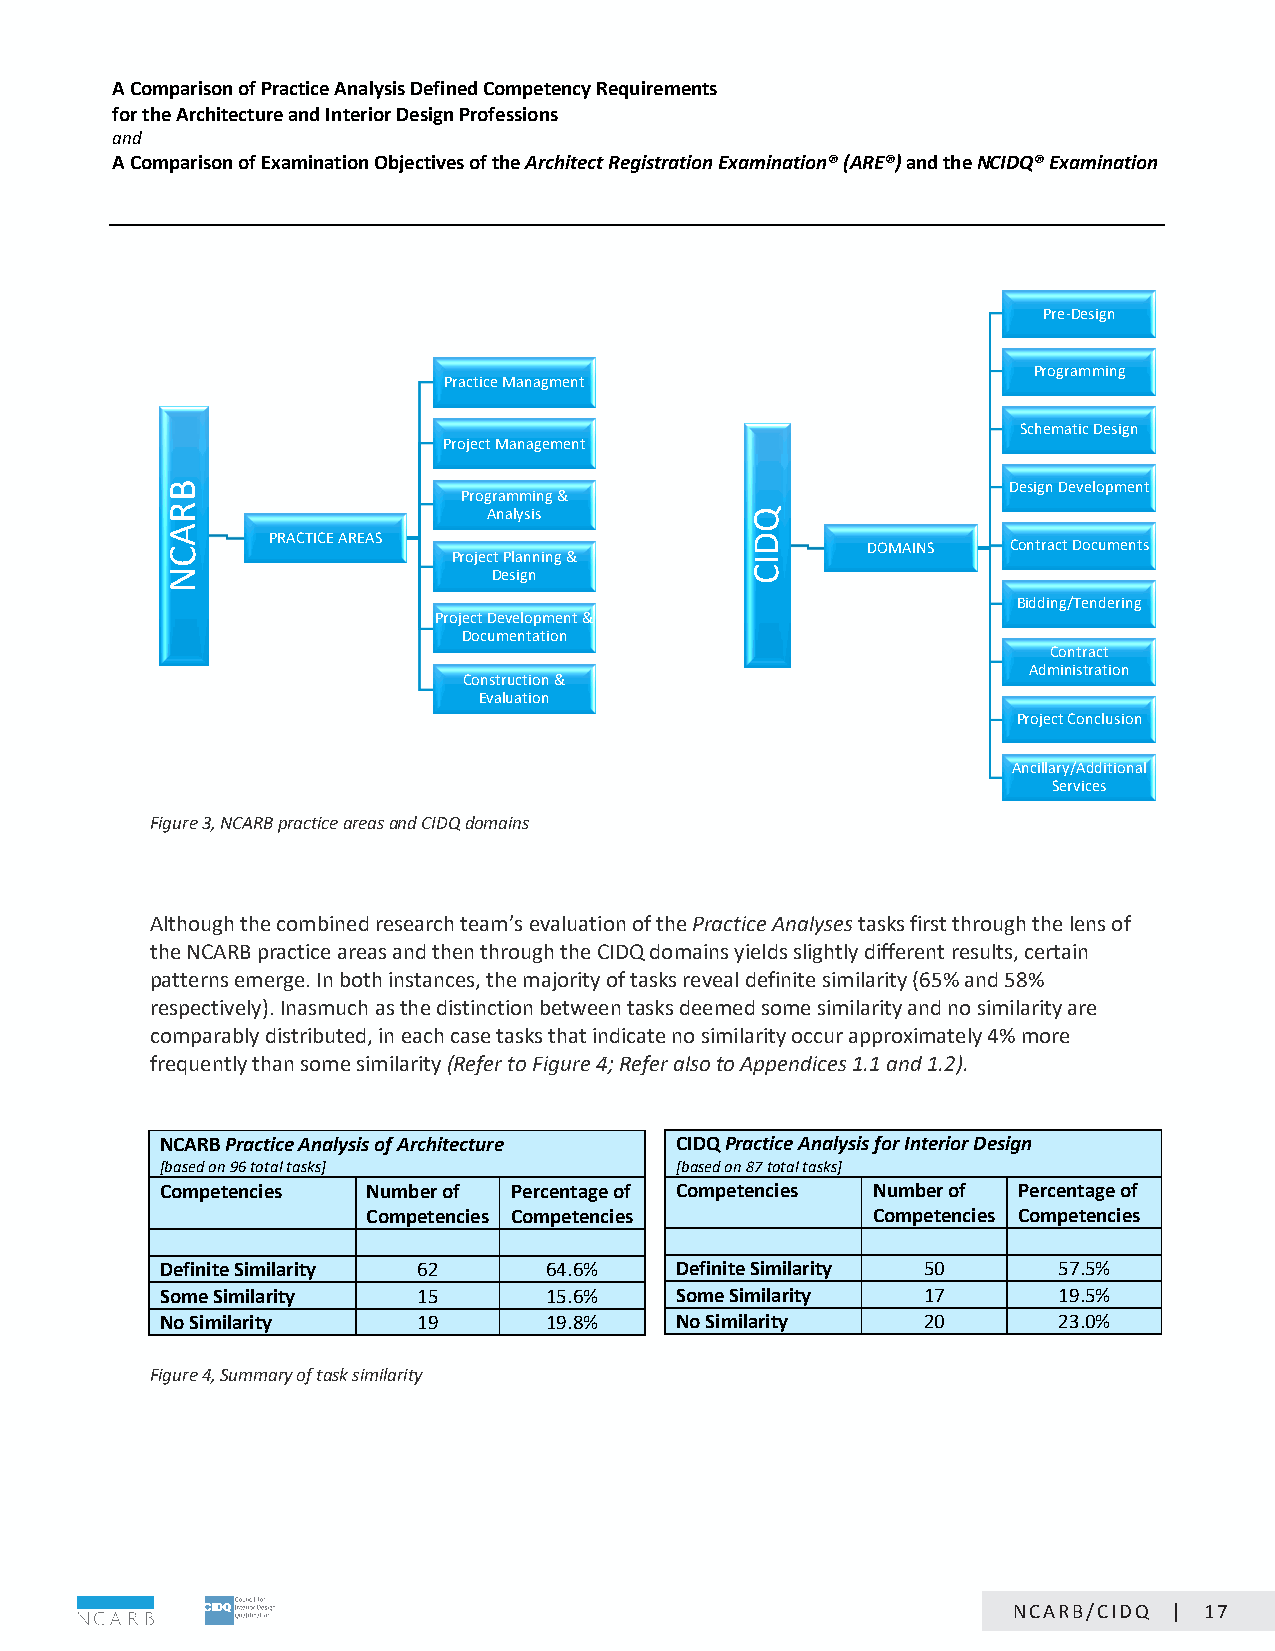
A Comparison of Practice Analysis Defined Competency Requirements
 for the Architecture and Interior Design Professions
 and
 A Comparison of Examination Objectives of the Architect Registration Examination® (ARE®) and the NCIDQ® Examination
 Pre-Design
 Programming
 Practice Managment
 Schematic Design
 Project Management
 Design Development
 Programming &
 Analysis
 PRACTICE AREAS
 DOMAINS   Contract Documents
 Project Planning &
 Design
 Bidding/Tendering
 Project Development &
 Documentation
 Contract
 Administration
 Construction &
 Evaluation
 Project Conclusion
 Ancillary/Additional
 Services
 Figure 3, NCARB practice areas and CIDQ domains
 Although the combined research team’s evaluation of the Practice Analyses tasks first through the lens of
 the NCARB practice areas and then through the CIDQ domains yields slightly different results, certain
 patterns emerge. In both instances, the majority of tasks reveal definite similarity (65% and 58%
 respectively). Inasmuch as the distinction between tasks deemed some similarity and no similarity are
 comparably distributed, in each case tasks that indicate no similarity occur approximately 4% more
 frequently than some similarity (Refer to Figure 4; Refer also to Appendices 1.1 and 1.2).
 NCARB Practice Analysis of Architecture CIDQ Practice Analysis for Interior Design
 [based on 96 total tasks]         [based on 87 total tasks]
 Competencies Number of Percentage of Competencies Number of Percentage of
 Competencies Competencies         Competencies Competencies
 Definite Similarity 62   64.6%    Definite Similarity 50   57.5%
 Some Similarity  15      15.6%    Some Similarity 17       19.5%
 No Similarity    19      19.8%    No Similarity   20       23.0%
 Figure 4, Summary of task similarity
 Page 17 of 24
 NCARB/CIDQ | 17
 BRACN
 QDIC